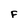
Character: F